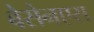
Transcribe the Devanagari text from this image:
बेसेनएस